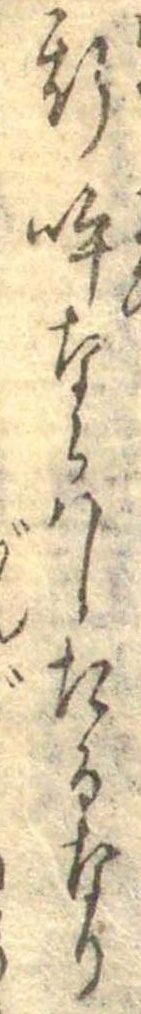
斯呼ならはしたるなり